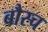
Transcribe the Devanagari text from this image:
बौस्च